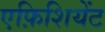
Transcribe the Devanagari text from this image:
एफ़िशियेंट